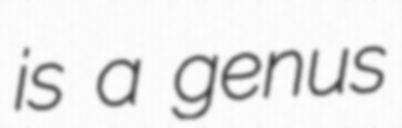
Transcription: is a genus